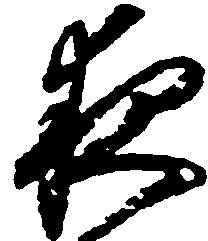
夜